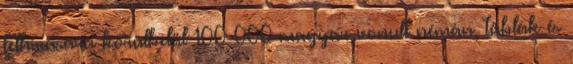
felhívására körülbelül 100 000 magyar vonult némán, táblák és